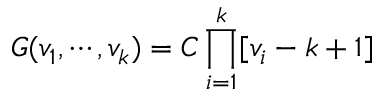
G ( v _ { 1 } , \cdots , v _ { k } ) = C \prod _ { i = 1 } ^ { k } [ v _ { i } - k + 1 ]